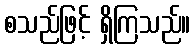
စသည်ဖြင့် ရှိကြသည်။